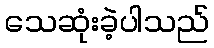
သေဆုံးခဲ့ပါသည်